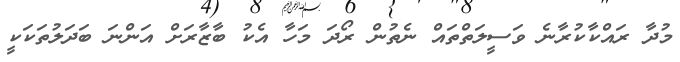
މުދާ ރައްކާކުރާނެ ވަސީލަތްތައް ނެތުން ރޯދަ މަހާ އެކު ބާޒާރަށް އަންނަ ބަދަލުތަކަކީ